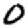
Digit: 0